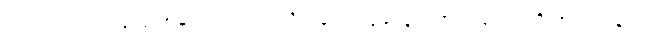
အကယ်၍ ယေရှု ခရစ်တော်အား အသိအမှတ်မပြုခဲ့လျှင် ဤကျမ်းပိုဒ်ကို အလေးနက်